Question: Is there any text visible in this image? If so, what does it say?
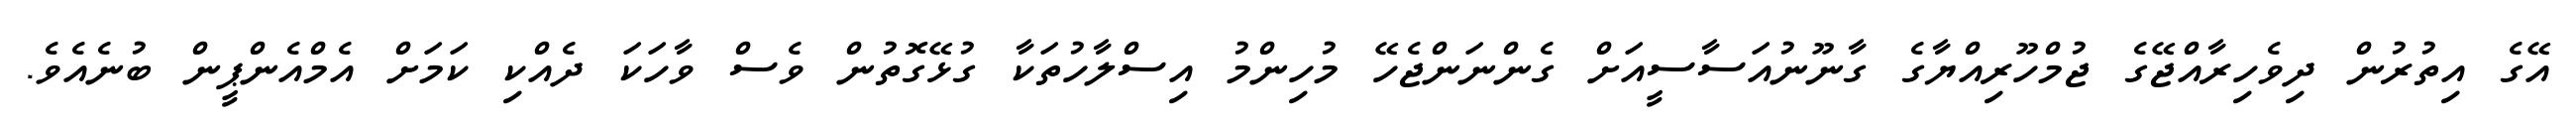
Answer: އޭގެ އިތުރުން ދިވެހިރާއްޖޭގެ ޖުމްހޫރިއްޔާގެ ގާނޫނުއަސާސީއަށް ގެންނަންޖެހޭ މުހިންމު އިސްލާހުތަކާ ގުޅޭގޮތުން ވެސް ވާހަކަ ދެއްކި ކަމަށް އެމްއެންޕީން ބުނެއެވެ.